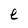
Character: e